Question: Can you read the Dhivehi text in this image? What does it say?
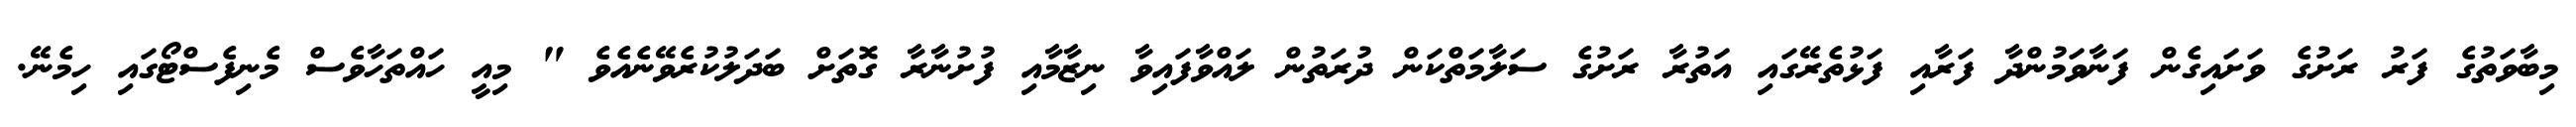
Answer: މިބާވަތުގެ ފަރު ރަށުގެ ވަށައިގެން ފަނާވަމުންދާ ފަރާއި ފަޅުތެރޭގައި އަތުރާ ރަށުގެ ސަލާމަތްކަން ދުރަތުން ލައްވާފައިވާ ނިޒާމާއި ފުށުނާރާ ގޮތަށް ބަދަލުކުރެވޭނެއެވެ " މިއީ ހައްތަހާވެސް މެނިފެސްޓޯގައި ހިމެނޭ.